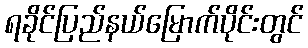
ရခိုင်ပြည်နယ်မြောက်ပိုင်းတွင်